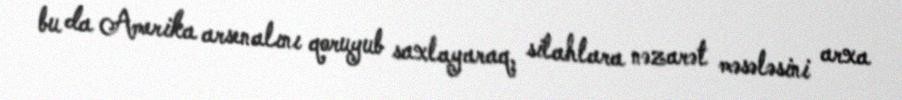
bu da Amerika arsenalını qoruyub saxlayaraq, silahlara nəzarət məsələsini arxa